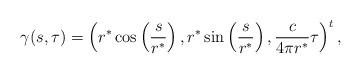
LaTeX: \begin{align*}\gamma(s,\tau)=\left( r^*\cos\left( \frac{s}{r^*}\right), r^*\sin\left( \frac{s}{r^*}\right), \frac{c}{4\pi r^*}\tau\right)^t,\end{align*}